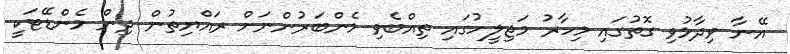
އޭނާ ވިދާޅުވި ގޮތުގައި މިހާރު މަޖިލީހުގައި ތިއްބެވި މެންބަރުންނަށް ރައްޔިތުން ދިން މެންޑޭޓަކީ